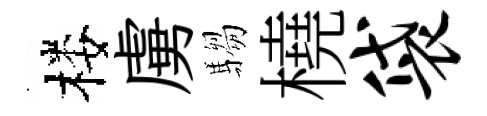
楼虜騶橈袋